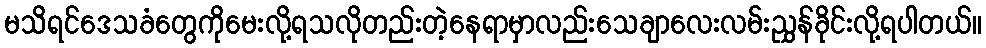
မသိရင်ဒေသခံတွေကိုမေးလို့ရသလိုတည်းတဲ့နေရာမှာလည်းသေချာလေးလမ်းညွှန်ခိုင်းလို့ရပါတယ်။